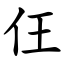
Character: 仼